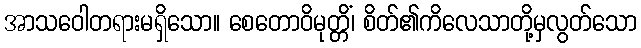
အာသဝေါတရားမရှိသော။ စေတောဝိမုတ္တိံ၊ စိတ်၏ကိလေသာတို့မှလွတ်သော